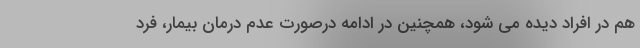
هم در افراد دیده می شود، همچنین در ادامه درصورت عدم درمان بیمار، فرد